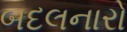
બદલનારો